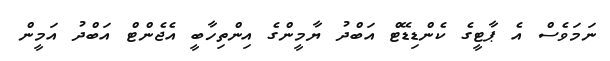
ނަމަވެސް އެ ޕާޓީގެ ކެންޑިޑޭޓް އަބްދު ޔާމީންގެ އިންތިހާބީ އެޖެންޓް އަބްދު އަމީން